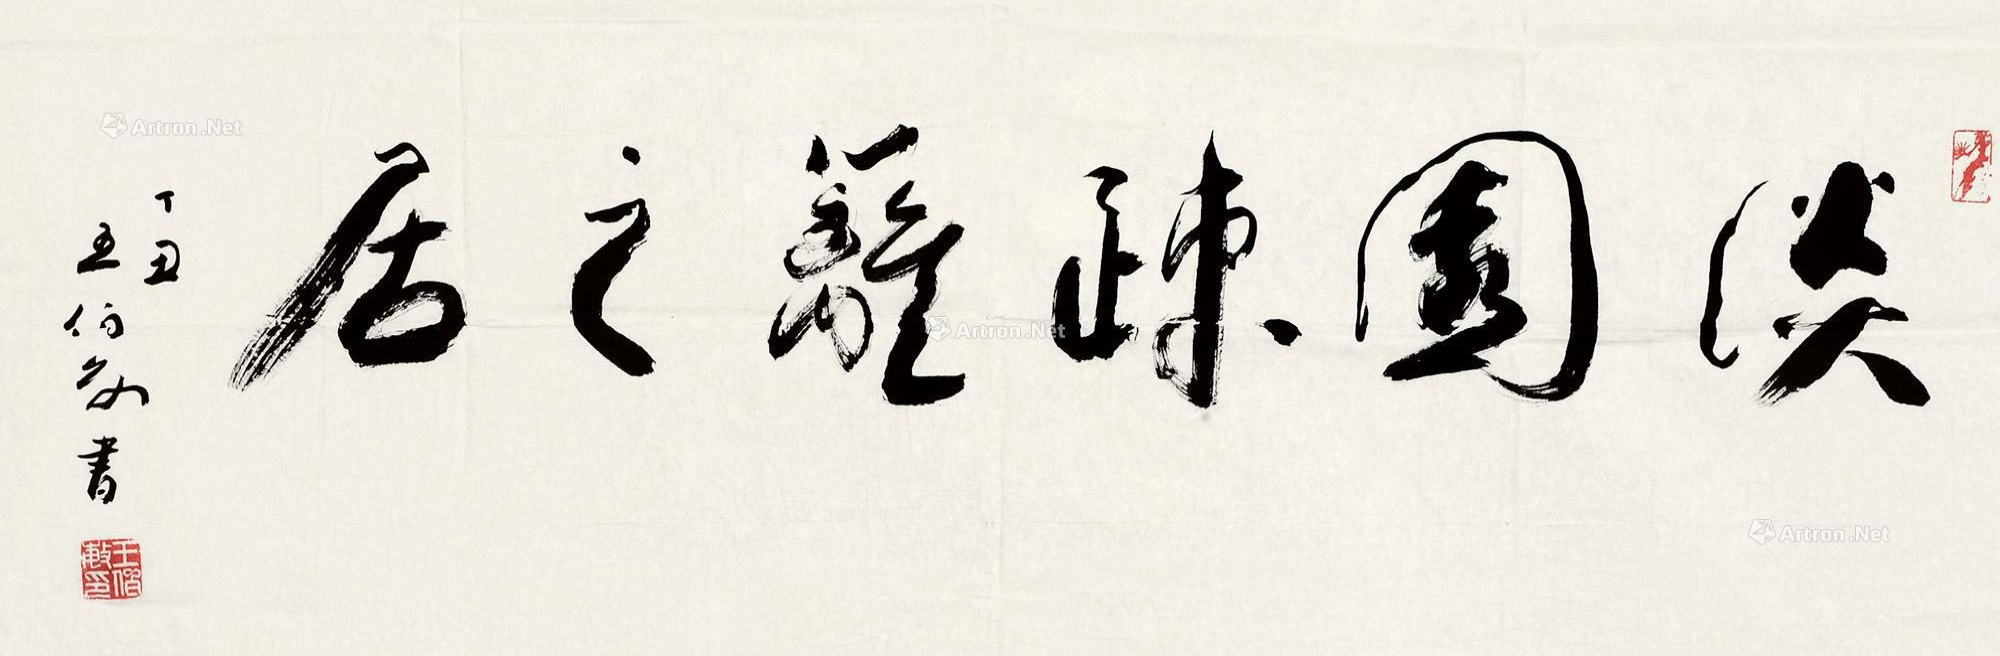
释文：淡园疏篱之居。丁丑王伯敏书。